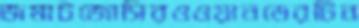
জমাটজোসিরওওয়ানডেরটিন